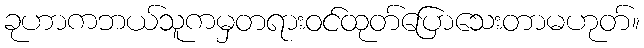
ခုဟာကဘယ်သူကမှတရားဝင်ထုတ်ပြောသေးတာမဟုတ်။